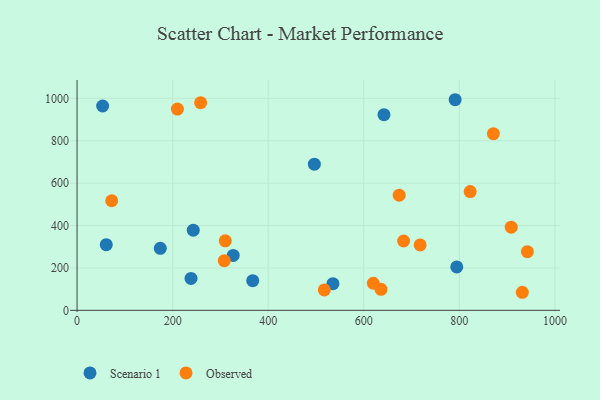
{"axis": {"x": "Price", "y": "Exam Score"}, "legend": ["Observed", "Scenario 1"], "data": [{"x": "367.6", "y": 140.1, "type": "Scenario 1"}, {"x": "61.1", "y": 309.7, "type": "Scenario 1"}, {"x": "326.8", "y": 259.2, "type": "Scenario 1"}, {"x": "496.6", "y": 689.7, "type": "Scenario 1"}, {"x": "535.5", "y": 126.0, "type": "Scenario 1"}, {"x": "791.2", "y": 993.6, "type": "Scenario 1"}, {"x": "642.3", "y": 923.0, "type": "Scenario 1"}, {"x": "53.5", "y": 963.9, "type": "Scenario 1"}, {"x": "174.2", "y": 292.4, "type": "Scenario 1"}, {"x": "794.6", "y": 204.8, "type": "Scenario 1"}, {"x": "238.5", "y": 150.6, "type": "Scenario 1"}, {"x": "243.2", "y": 378.0, "type": "Scenario 1"}, {"x": "258.6", "y": 979.8, "type": "Observed"}, {"x": "718.0", "y": 308.8, "type": "Observed"}, {"x": "72.5", "y": 517.1, "type": "Observed"}, {"x": "942.4", "y": 276.7, "type": "Observed"}, {"x": "517.4", "y": 96.2, "type": "Observed"}, {"x": "871.3", "y": 833.5, "type": "Observed"}, {"x": "310.1", "y": 328.1, "type": "Observed"}, {"x": "308.1", "y": 234.2, "type": "Observed"}, {"x": "683.4", "y": 327.2, "type": "Observed"}, {"x": "210.0", "y": 949.3, "type": "Observed"}, {"x": "822.7", "y": 560.3, "type": "Observed"}, {"x": "908.6", "y": 392.3, "type": "Observed"}, {"x": "674.1", "y": 543.2, "type": "Observed"}, {"x": "619.9", "y": 127.8, "type": "Observed"}, {"x": "931.8", "y": 85.2, "type": "Observed"}, {"x": "636.1", "y": 98.9, "type": "Observed"}]}